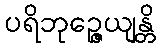
ပရိဘုဉ္ဇေယျန္တိ